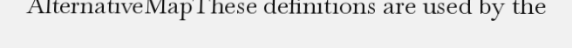
AlternativeMapThese definitions are used by the